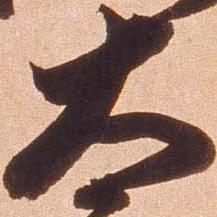
太